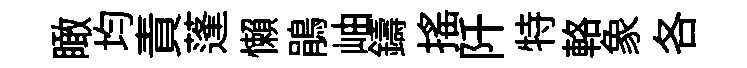
瞰均責蓬懶鵑岫鑄揺阡特輅象各